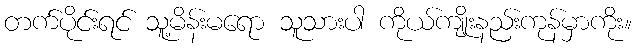
တက်ပိုင်းရင် သူ့မိန်းမရော သူသားပါ ကိုယ်ကျိုးနည်းကုန်မှာကိုး။